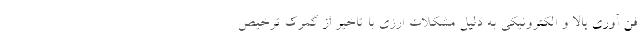
فن آوری بالا و الکترونیکی به دلیل مشکلات ارزی با تاخیر از گمرک ترخیص